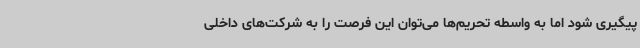
پیگیری شود اما به واسطه تحریم‌ها می‌توان این فرصت را به شرکت‌های داخلی